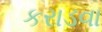
કરાડવા